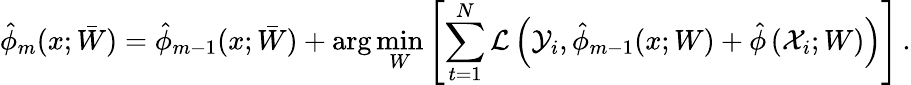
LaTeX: \hat{\phi}_{m}(x;\bar{W})=\hat{\phi}_{m-1}(x;\bar{W})+\arg\operatorname*{min}_{W}\left[\sum_{t=1}^{N}\mathcal{L}\left(\mathcal{Y}_{i},\hat{\phi}_{m-1}(x;W)+\hat{\phi}\left(\mathcal{X}_{i};W\right)\right)\right]\, .